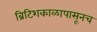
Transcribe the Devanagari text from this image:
ब्रिटिशकाळापासूनच